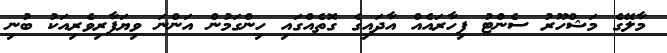
މާލޭގެ މަޝްހޫރު ސެންޓު ފިހާރައެއް އާދައިގެ ގޮތެއްގައި ހިންގަމުން އަންނަ ވިޔަފާރިވެރިއަކު ބުނި